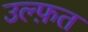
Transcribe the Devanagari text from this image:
उल्फ़त